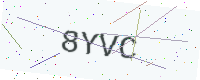
Text: 8YVC